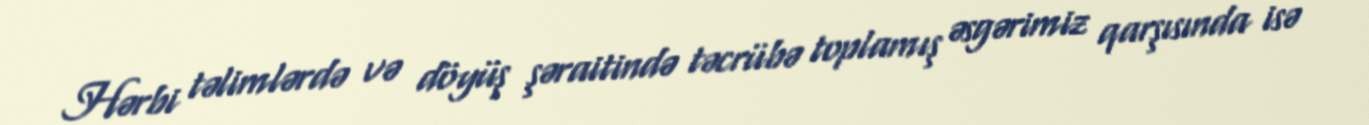
Hərbi təlimlərdə və döyüş şəraitində təcrübə toplamış əsgərimiz qarşısında isə